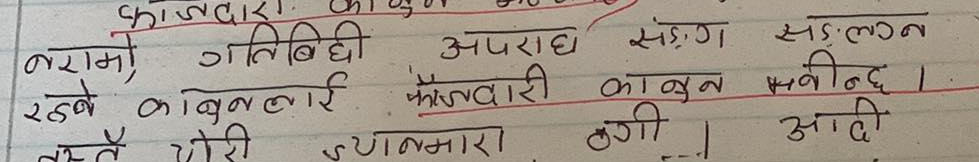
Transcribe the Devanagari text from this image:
काजद्वारा
नराम्रो गतिबिधी अपराध संङ्ग संल्गन
रहने काबुललाई फौजदारी काबुन भनिन्छ ।
तेस्ते चोरी ज्यानमारण ठगी आदि